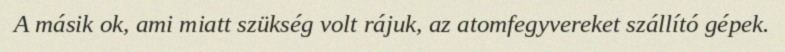
A másik ok, ami miatt szükség volt rájuk, az atomfegyvereket szállító gépek.